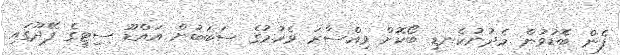
ފެން ބޮޑުވުން މެދުނުކެނޑި ބޯކޮށް ވިއްސާރަ ވެހުމުގެ ސަބަބުން އައްޑޫ ސިޓީގެ ފޭދޫގައި